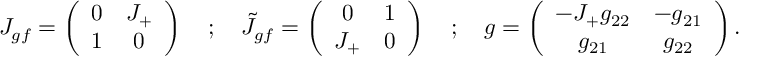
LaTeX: J _ { g f } = \left( \begin{array} { c c } { { 0 } } & { { J _ { + } } } \\ { { 1 } } & { { 0 } } \end{array} \right) \quad ; \quad \tilde { J } _ { g f } = \left( \begin{array} { c c } { { 0 } } & { { 1 } } \\ { { J _ { + } } } & { { 0 } } \end{array} \right) \quad ; \quad g = \left( \begin{array} { c c } { { - J _ { + } g _ { 2 2 } } } & { { - g _ { 2 1 } } } \\ { { g _ { 2 1 } } } & { { g _ { 2 2 } } } \end{array} \right) .